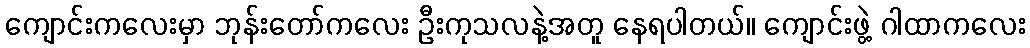
ကျောင်းကလေးမှာ ဘုန်းတော်ကလေး ဦးကုသလနဲ့အတူ နေရပါတယ်။ ကျောင်းဖွဲ့ ဂါထာကလေး